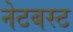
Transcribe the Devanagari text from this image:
नेटबस्ट